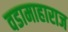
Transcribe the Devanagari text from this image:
वडामाहाराज